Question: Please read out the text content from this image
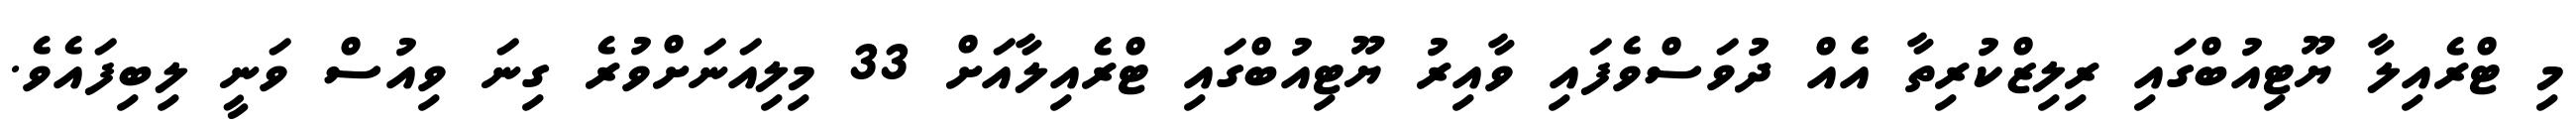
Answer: މި ޓްރެއިލާ ޔޫޓިއުބްގައި ރިލިޒްކުރިތާ އެއް ދުވަސްވެފައި ވާއިރު ޔޫޓިއުބްގައި ޓްރެއިލާއަށް 33 މިލިއަނަށްވުރެ ގިނަ ވިއުސް ވަނީ ލިބިފައެވެ.